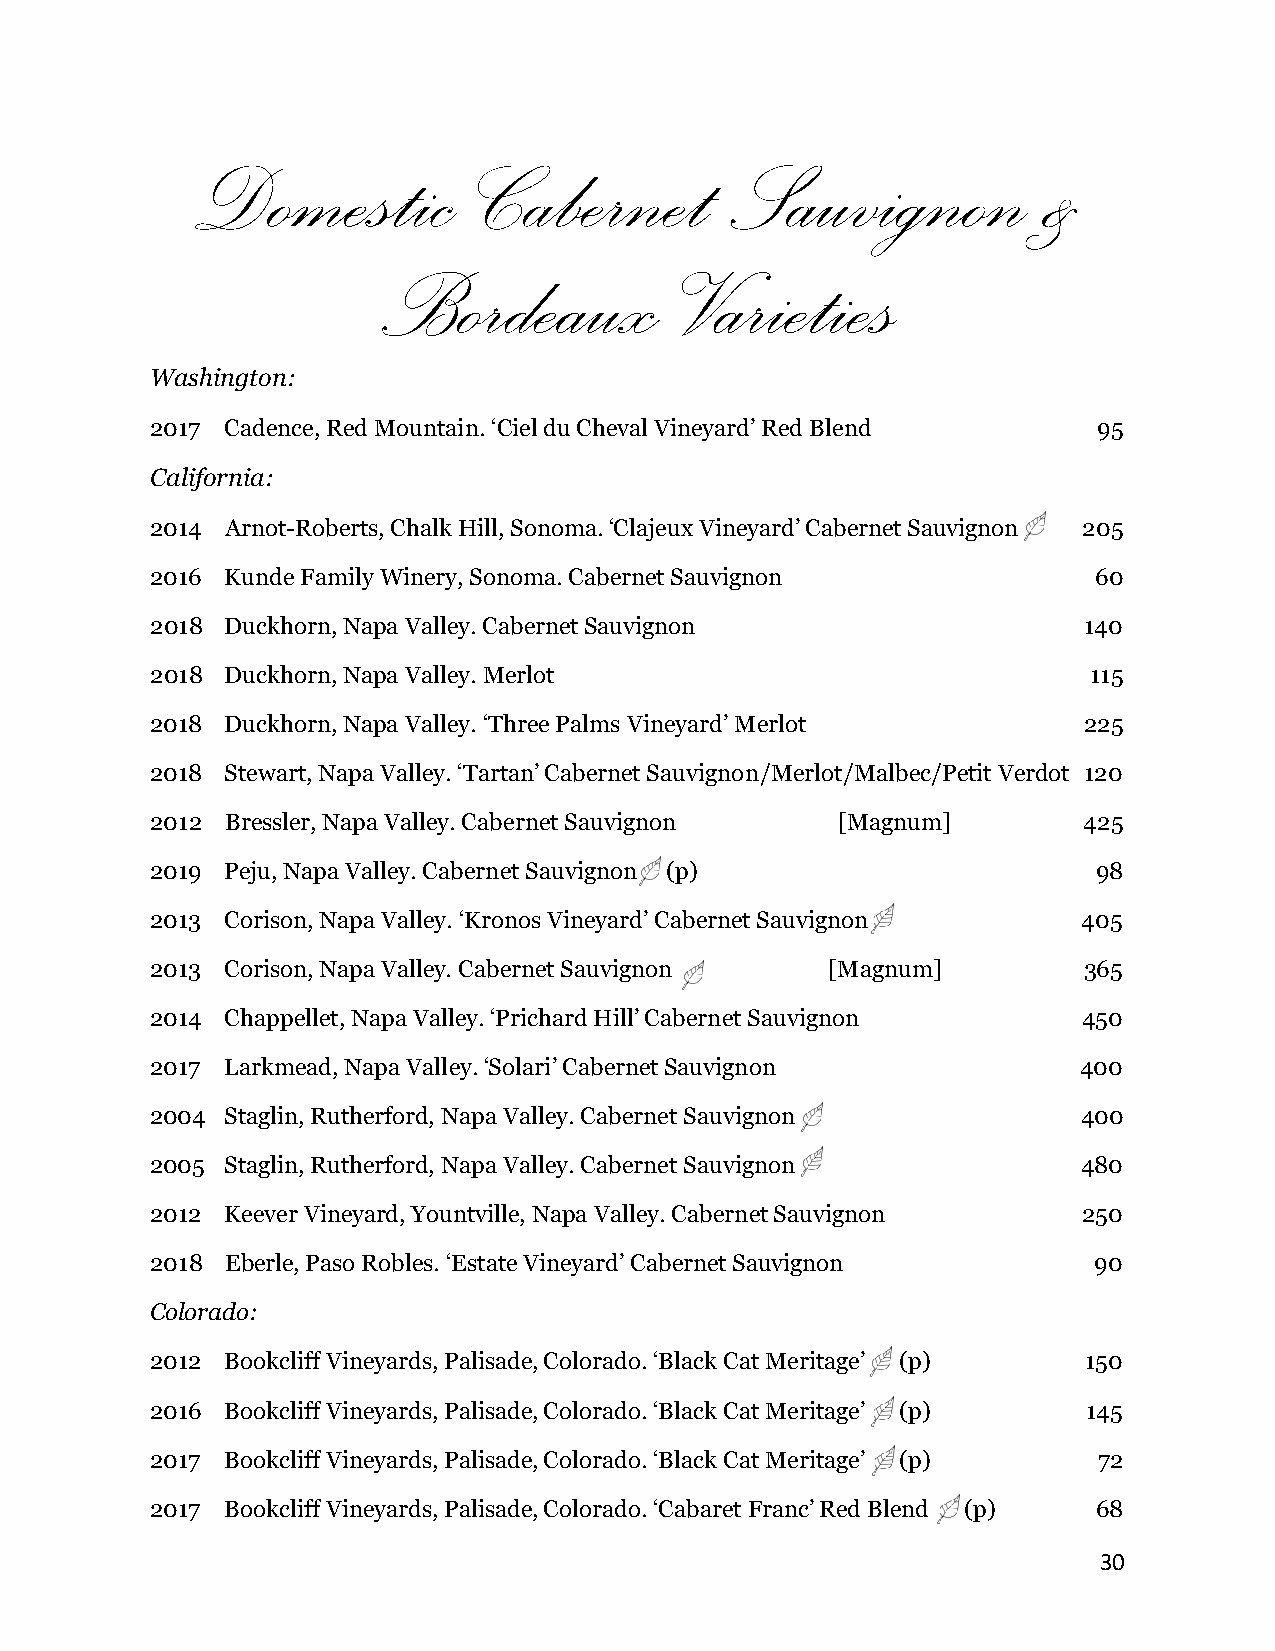
Domestic          Cabernet         Sauvignon            &
 Bordeaux            Varieties
 Washington:
 2017 Cadence, Red Mountain. ‘Ciel du Cheval Vineyard’ Red Blend 95
 California:
 2014 Arnot-Roberts, Chalk Hill, Sonoma. ‘Clajeux Vineyard’ Cabernet Sauvignon 205
 2016 Kunde Family Winery, Sonoma. Cabernet Sauvignon           60
 2018 Duckhorn, Napa Valley. Cabernet Sauvignon                140
 2018 Duckhorn, Napa Valley. Merlot                            115
 2018 Duckhorn, Napa Valley. ‘Three Palms Vineyard’ Merlot     225
 2018 Stewart, Napa Valley. ‘Tartan’ Cabernet Sauvignon/Merlot/Malbec/Petit Verdot 120
 2012 Bressler, Napa Valley. Cabernet Sauvignon [Magnum]       425
 2019 Peju, Napa Valley. Cabernet Sauvignon (p)                 98
 2013 Corison, Napa Valley. ‘Kronos Vineyard’ Cabernet Sauvignon 405
 2013 Corison, Napa Valley. Cabernet Sauvignon [Magnum]        365
 2014 Chappellet, Napa Valley. ‘Prichard Hill’ Cabernet Sauvignon 450
 2017 Larkmead, Napa Valley. ‘Solari’ Cabernet Sauvignon       400
 2004 Staglin, Rutherford, Napa Valley. Cabernet Sauvignon     400
 2005 Staglin, Rutherford, Napa Valley. Cabernet Sauvignon     480
 2012 Keever Vineyard, Yountville, Napa Valley. Cabernet Sauvignon 250
 2018 Eberle, Paso Robles. ‘Estate Vineyard’ Cabernet Sauvignon 90
 Colorado:
 2012 Bookcliff Vineyards, Palisade, Colorado. ‘Black Cat Meritage’ (p) 150
 2016 Bookcliff Vineyards, Palisade, Colorado. ‘Black Cat Meritage’ (p) 145
 2017 Bookcliff Vineyards, Palisade, Colorado. ‘Black Cat Meritage’ (p) 72
 2017 Bookcliff Vineyards, Palisade, Colorado. ‘Cabaret Franc’ Red Blend (p) 68
 30